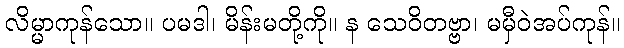
လိမ္မာကုန်သော။ ပမဒါ၊ မိန်းမတို့ကို။ န သေဝိတဗ္ဗာ၊ မမှီဝဲအပ်ကုန်။